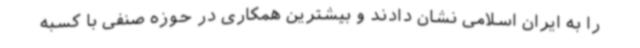
را به ایران اسلامی نشان دادند و بیشترین همکاری در حوزه صنفی با کسبه